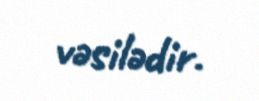
vəsilədir.